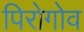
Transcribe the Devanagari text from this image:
पिरोगोव